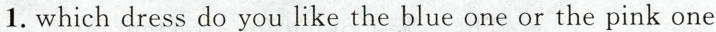
1.which dress do you like the blue one or the pink one